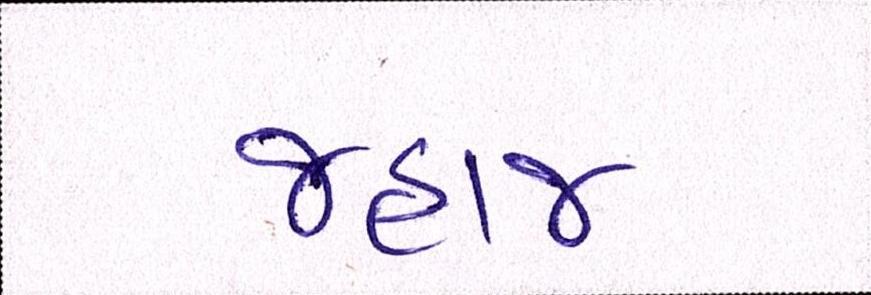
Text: જહાજ